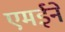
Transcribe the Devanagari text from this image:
एमईने